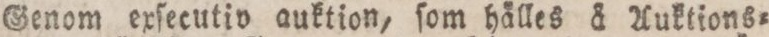
Genom exſecutiv auktion, ſom hålles å Auktions=